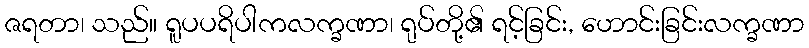
ဇရတာ၊ သည်။ ရူပပရိပါကလက္ခဏာ၊ ရုပ်တို့၏ ရင့်ခြင်း, ဟောင်းခြင်းလက္ခဏာ